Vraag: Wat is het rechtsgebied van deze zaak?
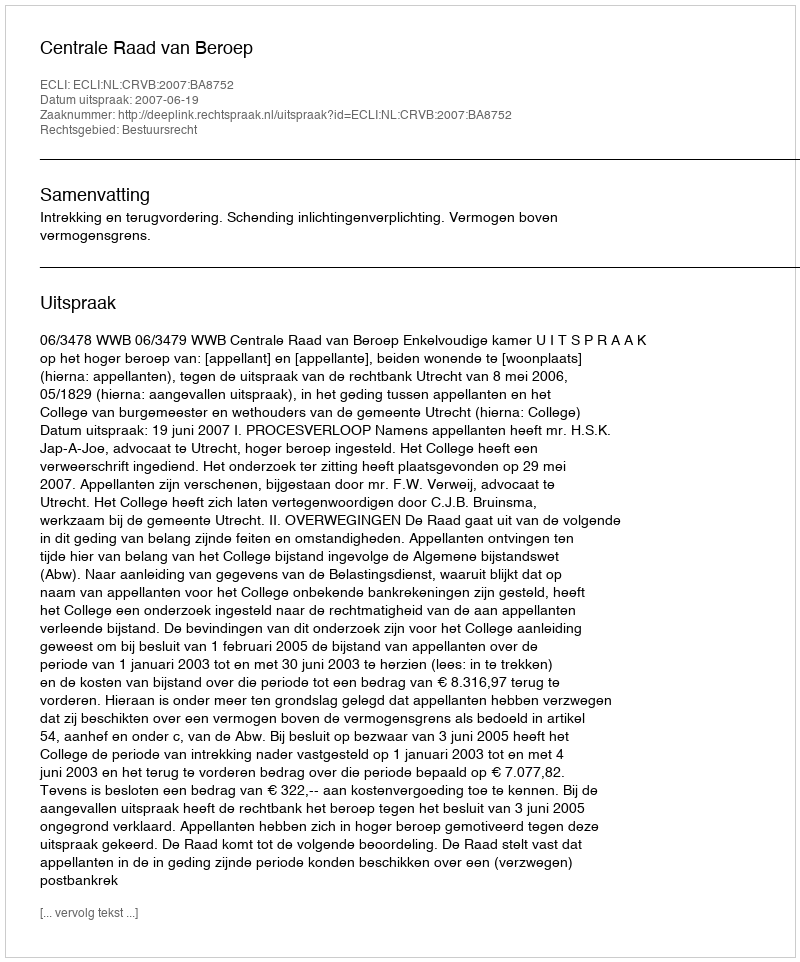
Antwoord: Bestuursrecht